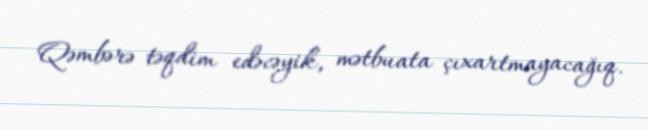
Qəmbərə təqdim edəcəyik, mətbuata çıxartmayacağıq.